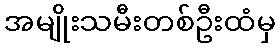
အမျိုးသမီးတစ်ဦးထံမှ